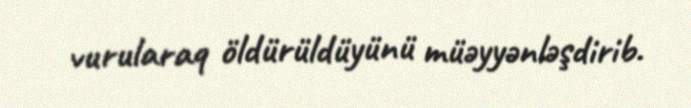
vurularaq öldürüldüyünü müəyyənləşdirib.